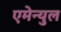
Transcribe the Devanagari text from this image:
एमेन्युल